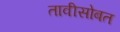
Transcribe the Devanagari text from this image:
तावीसोबत